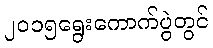
၂၀၁၅ရွေးကောက်ပွဲတွင်